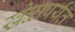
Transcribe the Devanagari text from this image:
खेळापर्यंत